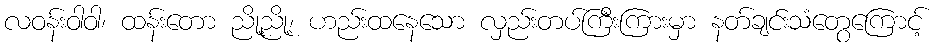
လဝန်းဝါဝါ၊ ထန်းတော ညို့ညို့၊ ဟည်းထနေသော လှည်းတပ်ကြီးကြားမှာ နတ်ချင်းသံတွေကြောင့်